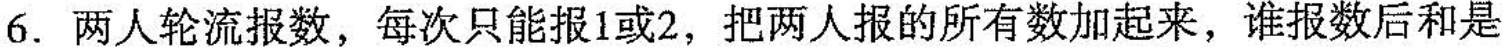
6. 两人轮流报数，每次只能报 1 或 2，把两人报的所有数加起来，谁报数后和是